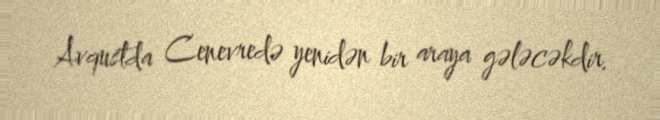
Avqustda Cenevredə yenidən bir araya gələcəkdir.